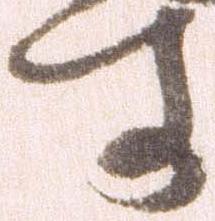
す